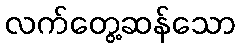
လက်တွေ့ဆန်သော